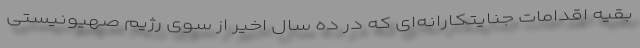
بقیه اقدامات جنایتکارانه‌ای که در ده سال اخیر از سوی رژیم صهیونیستی